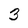
Character: 3